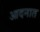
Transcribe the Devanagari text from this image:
आदनात